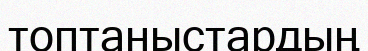
топтаныстардың